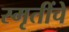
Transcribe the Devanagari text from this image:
स्मृतींचे